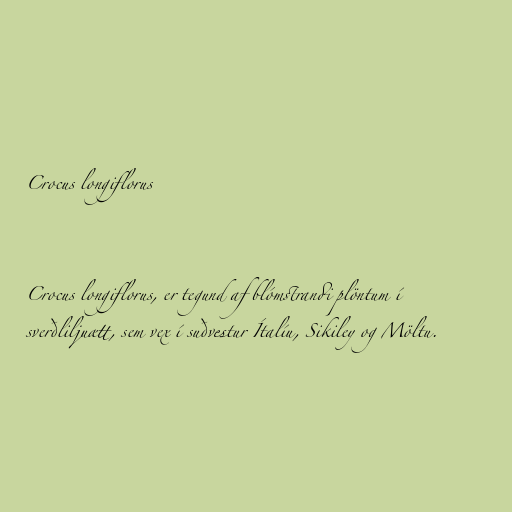
Crocus longiflorus

Crocus longiflorus, er tegund af blómstrandi plöntum í
sverðliljuætt, sem vex í suðvestur Ítalíu, Sikiley og Möltu.